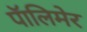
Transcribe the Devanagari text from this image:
पॅालिमेर